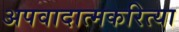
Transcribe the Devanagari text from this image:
अपवादात्मकरित्या